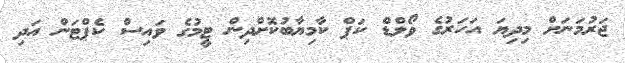
ޖަރުމަނަށް މިދިޔަ އަހަރުގެ ވޯލްޑް ކަޕް ކާމިޔާބުކޮށްދިން ޓީމުގެ ވައިސް ކެޕްޓަން އަދި